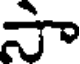
సా